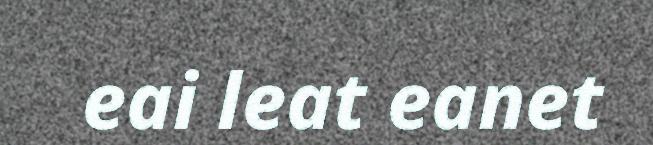
eai leat eanet